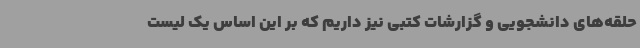
حلقه‌های دانشجویی و گزارشات کتبی نیز داریم که بر این اساس یک لیست